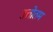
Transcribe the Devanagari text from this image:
उत्तोतम